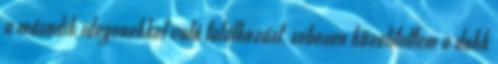
a második idegenekkel való találkozást, sebesen közelítettem a dokk